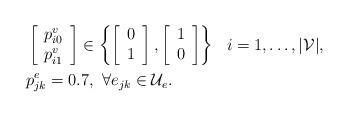
LaTeX: \begin{align*}&\left[\begin{array}{c}p_{i0}^v\\p_{i1}^v\end{array}\right]\in\left\{\left[\begin{array}{c}0\\1\end{array}\right],\left[\begin{array}{c}1\\0\end{array}\right]\right\}~~i=1,\dots,|\mathcal{V}|,\\&p_{jk}^e=0.7,~\forall{e_{jk}}\in\mathcal{U}_e.\end{align*}